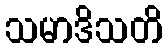
သမာဒိသတိ